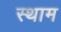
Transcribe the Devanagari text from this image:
स्थाम